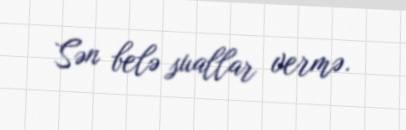
Sən belə suallar vermə.